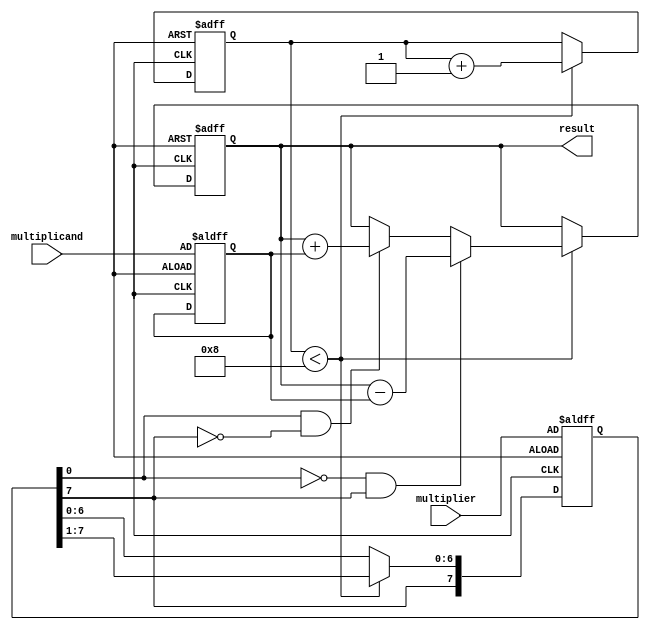
module modified_booth_multiplier (
    input wire [7:0] multiplicand,
    input wire [7:0] multiplier,
    output reg [15:0] result
);

reg [15:0] product;
reg [7:0] a, q;
reg [7:0] count;

always @(posedge clock or negedge reset) begin
    if (!reset) begin
        product <= 16'b0;
        a <= multiplicand;
        q <= multiplier;
        count <= 8'b0;
    end else begin
        if (count < 8) begin
            if (q[0] == 0 && q[7] == 1) begin
                product <= product - a;
            end else if (q[0] == 1 && q[7] == 0) begin
                product <= product + a;
            end
            // Perform arithmetic shift right
            q <= {q[7], q[7:1]};
            count <= count + 1;
        end
    end
end

assign result = product;

endmodule